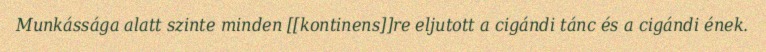
Munkássága alatt szinte minden [[kontinens]]re eljutott a cigándi tánc és a cigándi ének.